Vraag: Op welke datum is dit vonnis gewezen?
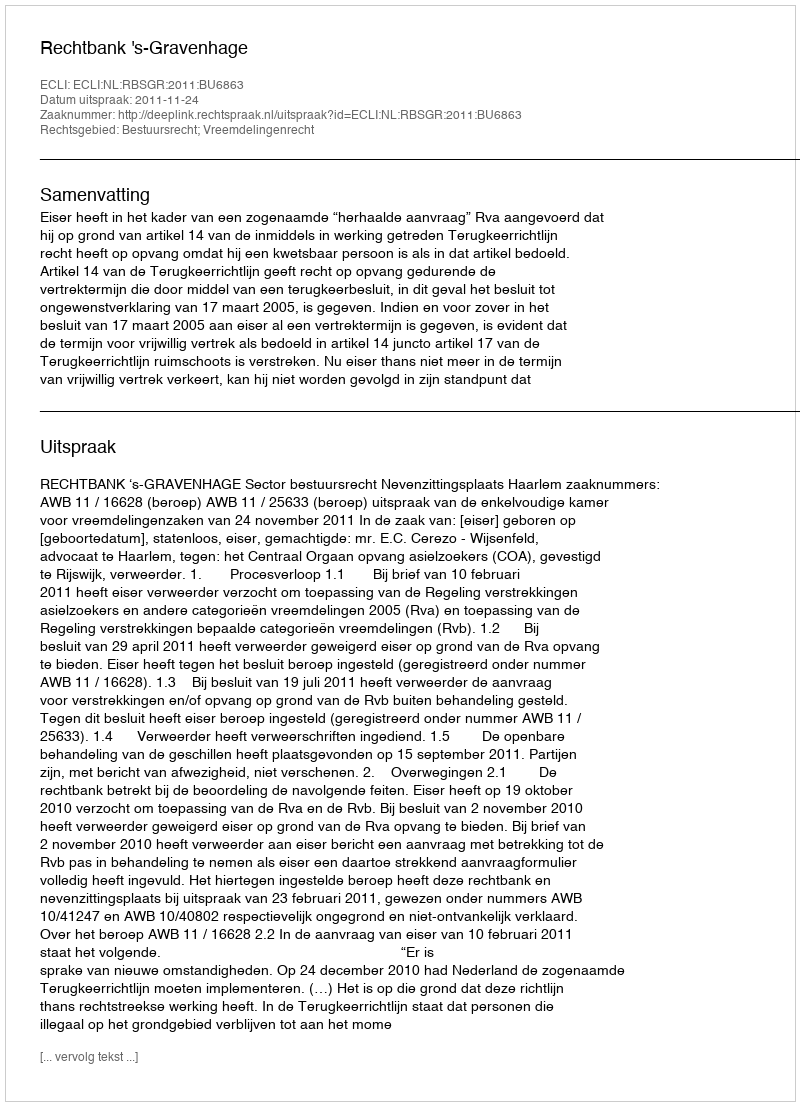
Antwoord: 2011-11-24